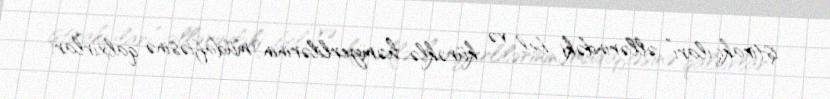
iştirakçıları” əllərindəki bel və kürəklə həmyerlilərinin müdafiəsinə qalxırlar.